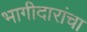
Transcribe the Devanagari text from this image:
भागीदारांचा